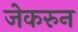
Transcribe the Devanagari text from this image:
जेकरुन